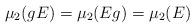
LaTeX: \begin{align*}\mu_2(g E)=\mu_2(E g) =\mu_2(E)\end{align*}